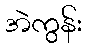
အဲကွန်း